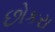
છોકરા